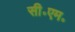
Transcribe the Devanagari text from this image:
सी॰एम॰